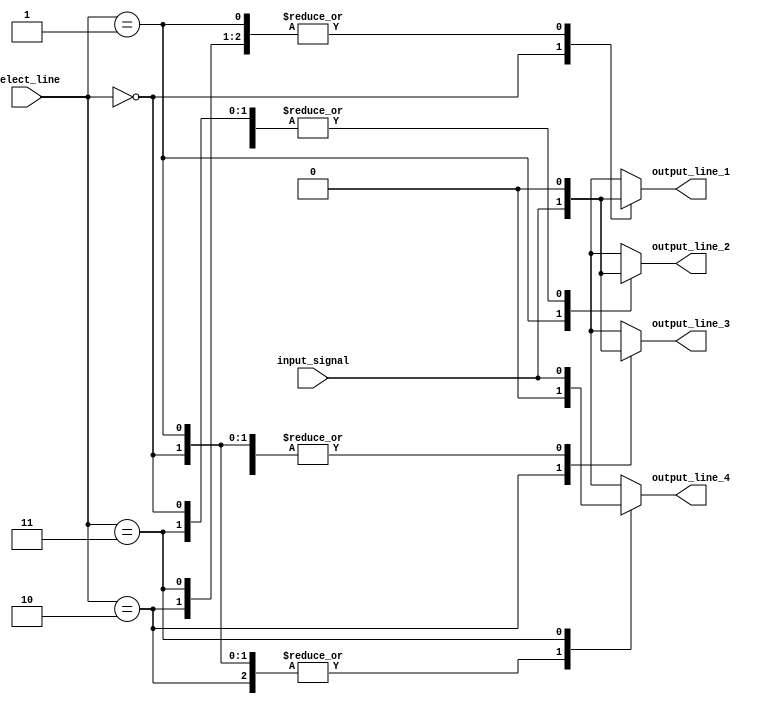
module demux_1to4(
    input wire [1:0] select_line,
    input wire input_signal,
    output reg output_line_1,
    output reg output_line_2,
    output reg output_line_3,
    output reg output_line_4
);

always @(*)
begin
    case(select_line)
        2'b00: begin
            output_line_1 = input_signal;
            output_line_2 = 0;
            output_line_3 = 0;
            output_line_4 = 0;
        end
        
        2'b01: begin
            output_line_1 = 0;
            output_line_2 = input_signal;
            output_line_3 = 0;
            output_line_4 = 0;
        end
        
        2'b10: begin
            output_line_1 = 0;
            output_line_2 = 0;
            output_line_3 = input_signal;
            output_line_4 = 0;
        end
        
        2'b11: begin
            output_line_1 = 0;
            output_line_2 = 0;
            output_line_3 = 0;
            output_line_4 = input_signal;
        end
    endcase
end

endmodule